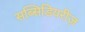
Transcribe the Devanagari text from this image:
सब्सिडियरीज़